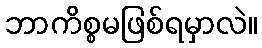
ဘာကိစ္စမဖြစ်ရမှာလဲ။